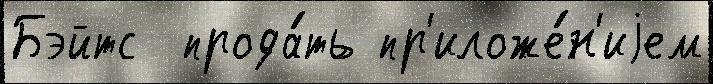
Бэйтс  прода́ть пр'иложе́н'иjем